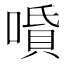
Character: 𠼠